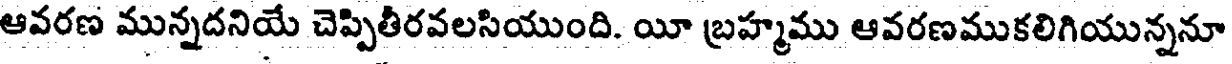
ఆవరణ మున్నదనియే చెప్పితీరవలసియుంది. యీ బ్రహ్మము ఆవరణముకలిగియున్ననూ